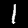
Label: 1